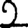
Digit: 2